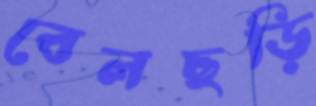
বেলছড়ি